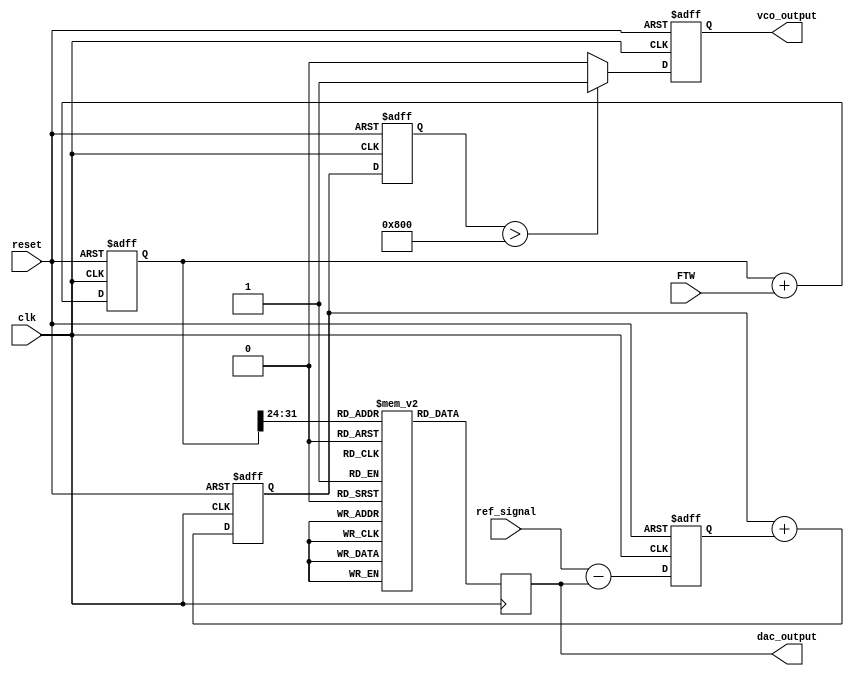
module DDS_PLL (
    input wire clk,                // System clock
    input wire reset,              // Asynchronous reset
    input wire [31:0] FTW,         // Frequency Tuning Word
    input wire ref_signal,          // Reference signal for PLL
    output reg [11:0] dac_output,   // DAC output (12-bit resolution)
    output reg vco_output           // VCO output (for PLL)
);

// Parameters
parameter PHASE_WIDTH = 32;       // Width of phase accumulator
parameter LUT_SIZE = 256;          // Size of the lookup table

// Phase Accumulator
reg [PHASE_WIDTH-1:0] phase_accumulator;

// Lookup Table for Sine Wave (example)
reg [11:0] sine_lut [0:LUT_SIZE-1];

// PLL components
reg [11:0] phase_error;            // Phase error signal
reg [11:0] loop_filter_output;      // Output of the loop filter
reg [11:0] vco_frequency;           // VCO frequency

// Initialize the sine lookup table with precomputed values
initial begin
    // Example values for a sine wave lookup table
    // Populate with actual sine values for a complete implementation
    sine_lut[0] = 12'd2048;   // 0 degrees
    sine_lut[64] = 12'd4095;  // 90 degrees
    sine_lut[128] = 12'd2048; // 180 degrees
    sine_lut[192] = 12'd0;    // 270 degrees
    sine_lut[255] = 12'd2048; // 360 degrees
end

// Phase Accumulator Logic
always @(posedge clk or posedge reset) begin
    if (reset) begin
        phase_accumulator <= 0;
    end else begin
        phase_accumulator <= phase_accumulator + FTW;
    end
end

// DAC Output Logic
always @(posedge clk) begin
    dac_output <= sine_lut[phase_accumulator[PHASE_WIDTH-1:PHASE_WIDTH-8]];
end

// PLL Logic (simplified)
always @(posedge clk or posedge reset) begin
    if (reset) begin
        phase_error <= 0;
        loop_filter_output <= 0;
        vco_frequency <= 0;
        vco_output <= 0;
    end else begin
        // Phase Detector (simplified)
        phase_error <= ref_signal - dac_output; // Example phase error calculation

        // Loop Filter (simple proportional control)
        loop_filter_output <= loop_filter_output + phase_error;

        // VCO Frequency Control
        vco_frequency <= loop_filter_output; // Adjust VCO frequency based on loop filter output

        // Generate VCO output (for demonstration)
        vco_output <= (vco_frequency > 12'd2048) ? 1'b1 : 1'b0; // Example VCO output
    end
end

endmodule